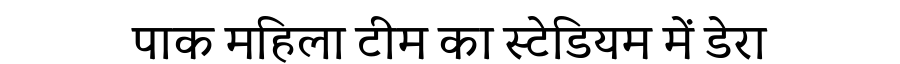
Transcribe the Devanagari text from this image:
पाक महिला टीम का स्टेडियम में डेरा